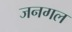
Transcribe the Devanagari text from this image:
जनगल